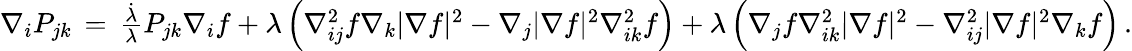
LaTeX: \begin{array}{r}{\nabla_{i}P_{jk}\, =\, \frac{\dot{\lambda}}{\lambda}P_{jk}\nabla_{i}f+\lambda\left(\nabla_{ij}^{2}f\nabla_{k}|\nabla f|^{2}-\nabla_{j}|\nabla f|^{2}\nabla_{ik}^{2}f\right)+\lambda\left(\nabla_{j}f\nabla_{ik}^{2}|\nabla f|^{2}-\nabla_{ij}^{2}|\nabla f|^{2}\nabla_{k}f\right)\, .}\end{array}